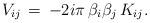
LaTeX: \begin{align*}V_{ij}\,=\,-2i\pi\,\beta_i\beta_j\,K_{ij}.\end{align*}